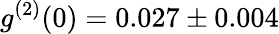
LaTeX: g^{(2)}(0)=0.027\pm 0.004